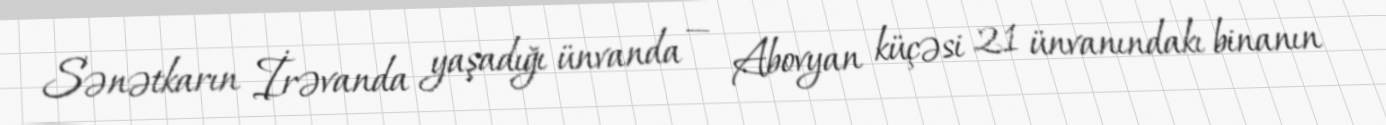
Sənətkarın İrəvanda yaşadığı ünvanda — Abovyan küçəsi 21 ünvanındakı binanın